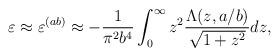
LaTeX: \begin{align*}\varepsilon \approx \varepsilon ^{(ab)}\approx -\frac{1}{\pi ^2b^4}\int_{0}^{\infty}{z^2\frac{\Lambda (z,a/b)}{\sqrt{1+z^2}}dz},\end{align*}